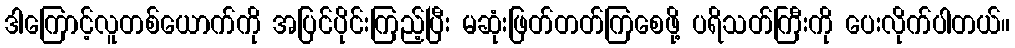
ဒါကြောင့်လူတစ်ယောက်ကို အပြင်ပိုင်းကြည့်ပြီး မဆုံးဖြတ်တတ်ကြစေဖို့ ပရိသတ်ကြီးကို ပေးလိုက်ပါတယ်။